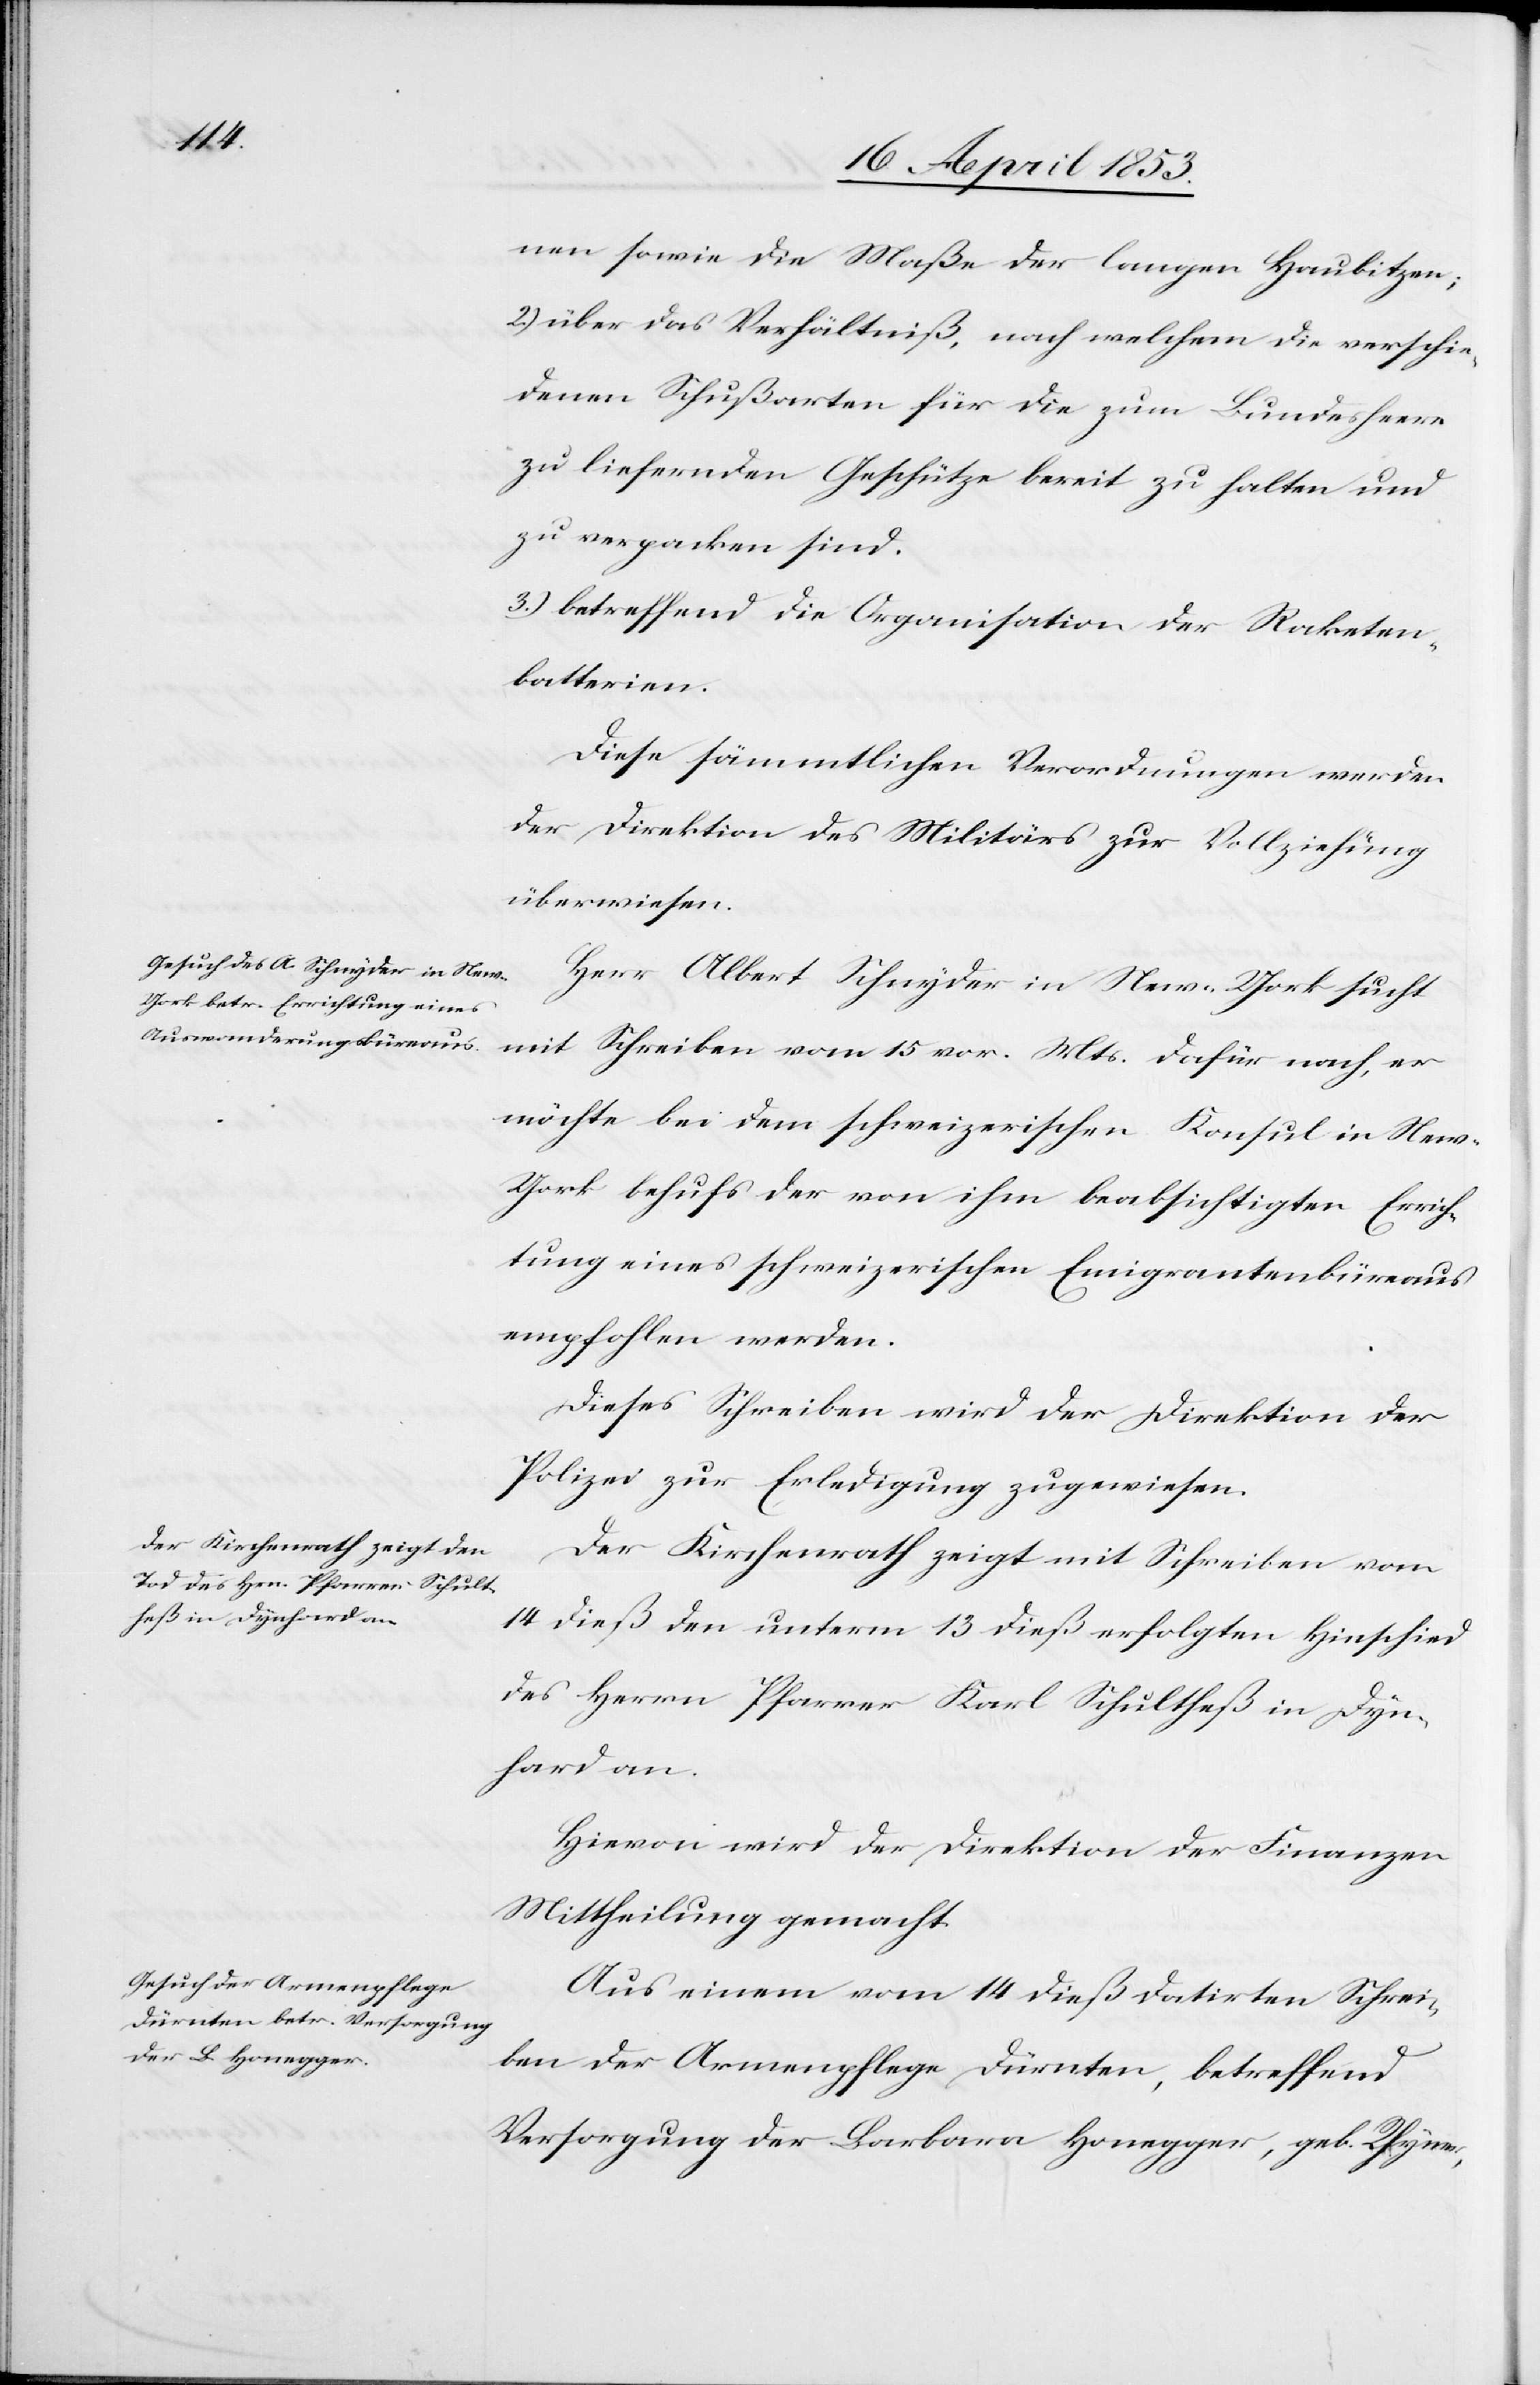
nen sowie die Maße der langen Haubitzen;
2.) über das Verhältniß, nach welchen die verschie¬
denen Schußarten für die zum Bundesheer
zu liefernden Geschütze bereit zu halten und
zu verpacken sind.
3.) betreffend die Organisation der Raketen¬
batterien.
Diese sämmtlichen Verordnungen werden
der Direktion des Militärs zur Vollziehung
überwiesen.
Herr Albert Schnyder in New-York sucht
mit Schreiben vom 15 vor. Mts. dafür nach, er
möchte bei dem schweizerischen Konsul in Ne¬
w-York behufs der von ihm beabsichtigten Errich¬
tung eines schweizerischen Emigrantenbüreaus
empfohlen werden.
Dieses Schreiben wird der Direktion der
Polizei zur Erledigung zugewiesen.
Der Kirchenrath zeigt mit Schreiben vom
14 dieß den unterm 13 dieß erfolgten Hinschied
des Herrn Pfarrer Karl Schultheß in Dyn¬
hard an.
Hievon wird der Direktion der Finanzen
Mittheilung gemacht.
Aus einem vom 14 dieß datirten Schrei¬
ben der Armenpflege Dürnten, betreffend
Versorgung der Barbara Honegger, geb. Rhyner,